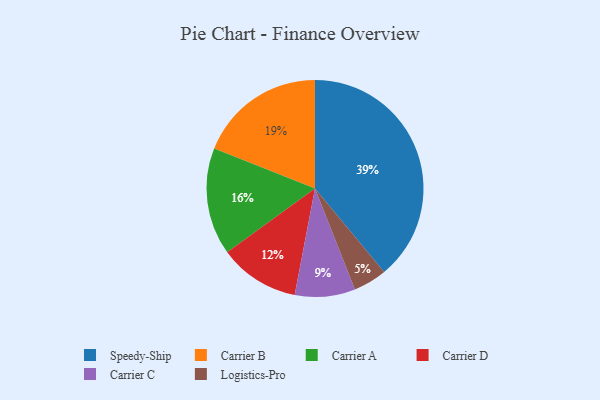
{"axis": {"x": "Category", "y": "Percentage"}, "legend": ["Carrier A", "Carrier B", "Carrier C", "Carrier D", "Logistics-Pro", "Speedy-Ship"], "data": [{"x": "Carrier A", "y": 16, "type": "Carrier A"}, {"x": "Carrier C", "y": 9, "type": "Carrier C"}, {"x": "Logistics-Pro", "y": 5, "type": "Logistics-Pro"}, {"x": "Speedy-Ship", "y": 39, "type": "Speedy-Ship"}, {"x": "Carrier D", "y": 12, "type": "Carrier D"}, {"x": "Carrier B", "y": 19, "type": "Carrier B"}]}